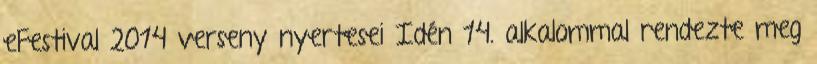
eFestival 2014 verseny nyertesei Idén 14. alkalommal rendezte meg